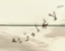
الانجليزيه